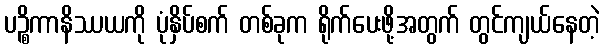
ပဉ္စိကာနိဿယကို ပုံနှိပ်စက် တစ်ခုက ရိုက်ပေးဖို့အတွက် တွင်ကျယ်နေတဲ့